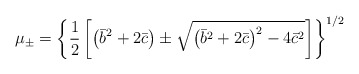
\begin{align*}\mu_{\pm}=\left\{\frac{1}{2}\left[\left(\bar{b}^2 + 2\bar{c}\right)\pm\sqrt{\left(\bar{b}^2 +2\bar{c}\right)^2-4\bar{c}^2}\right]\right\}^{1/2}\end{align*}